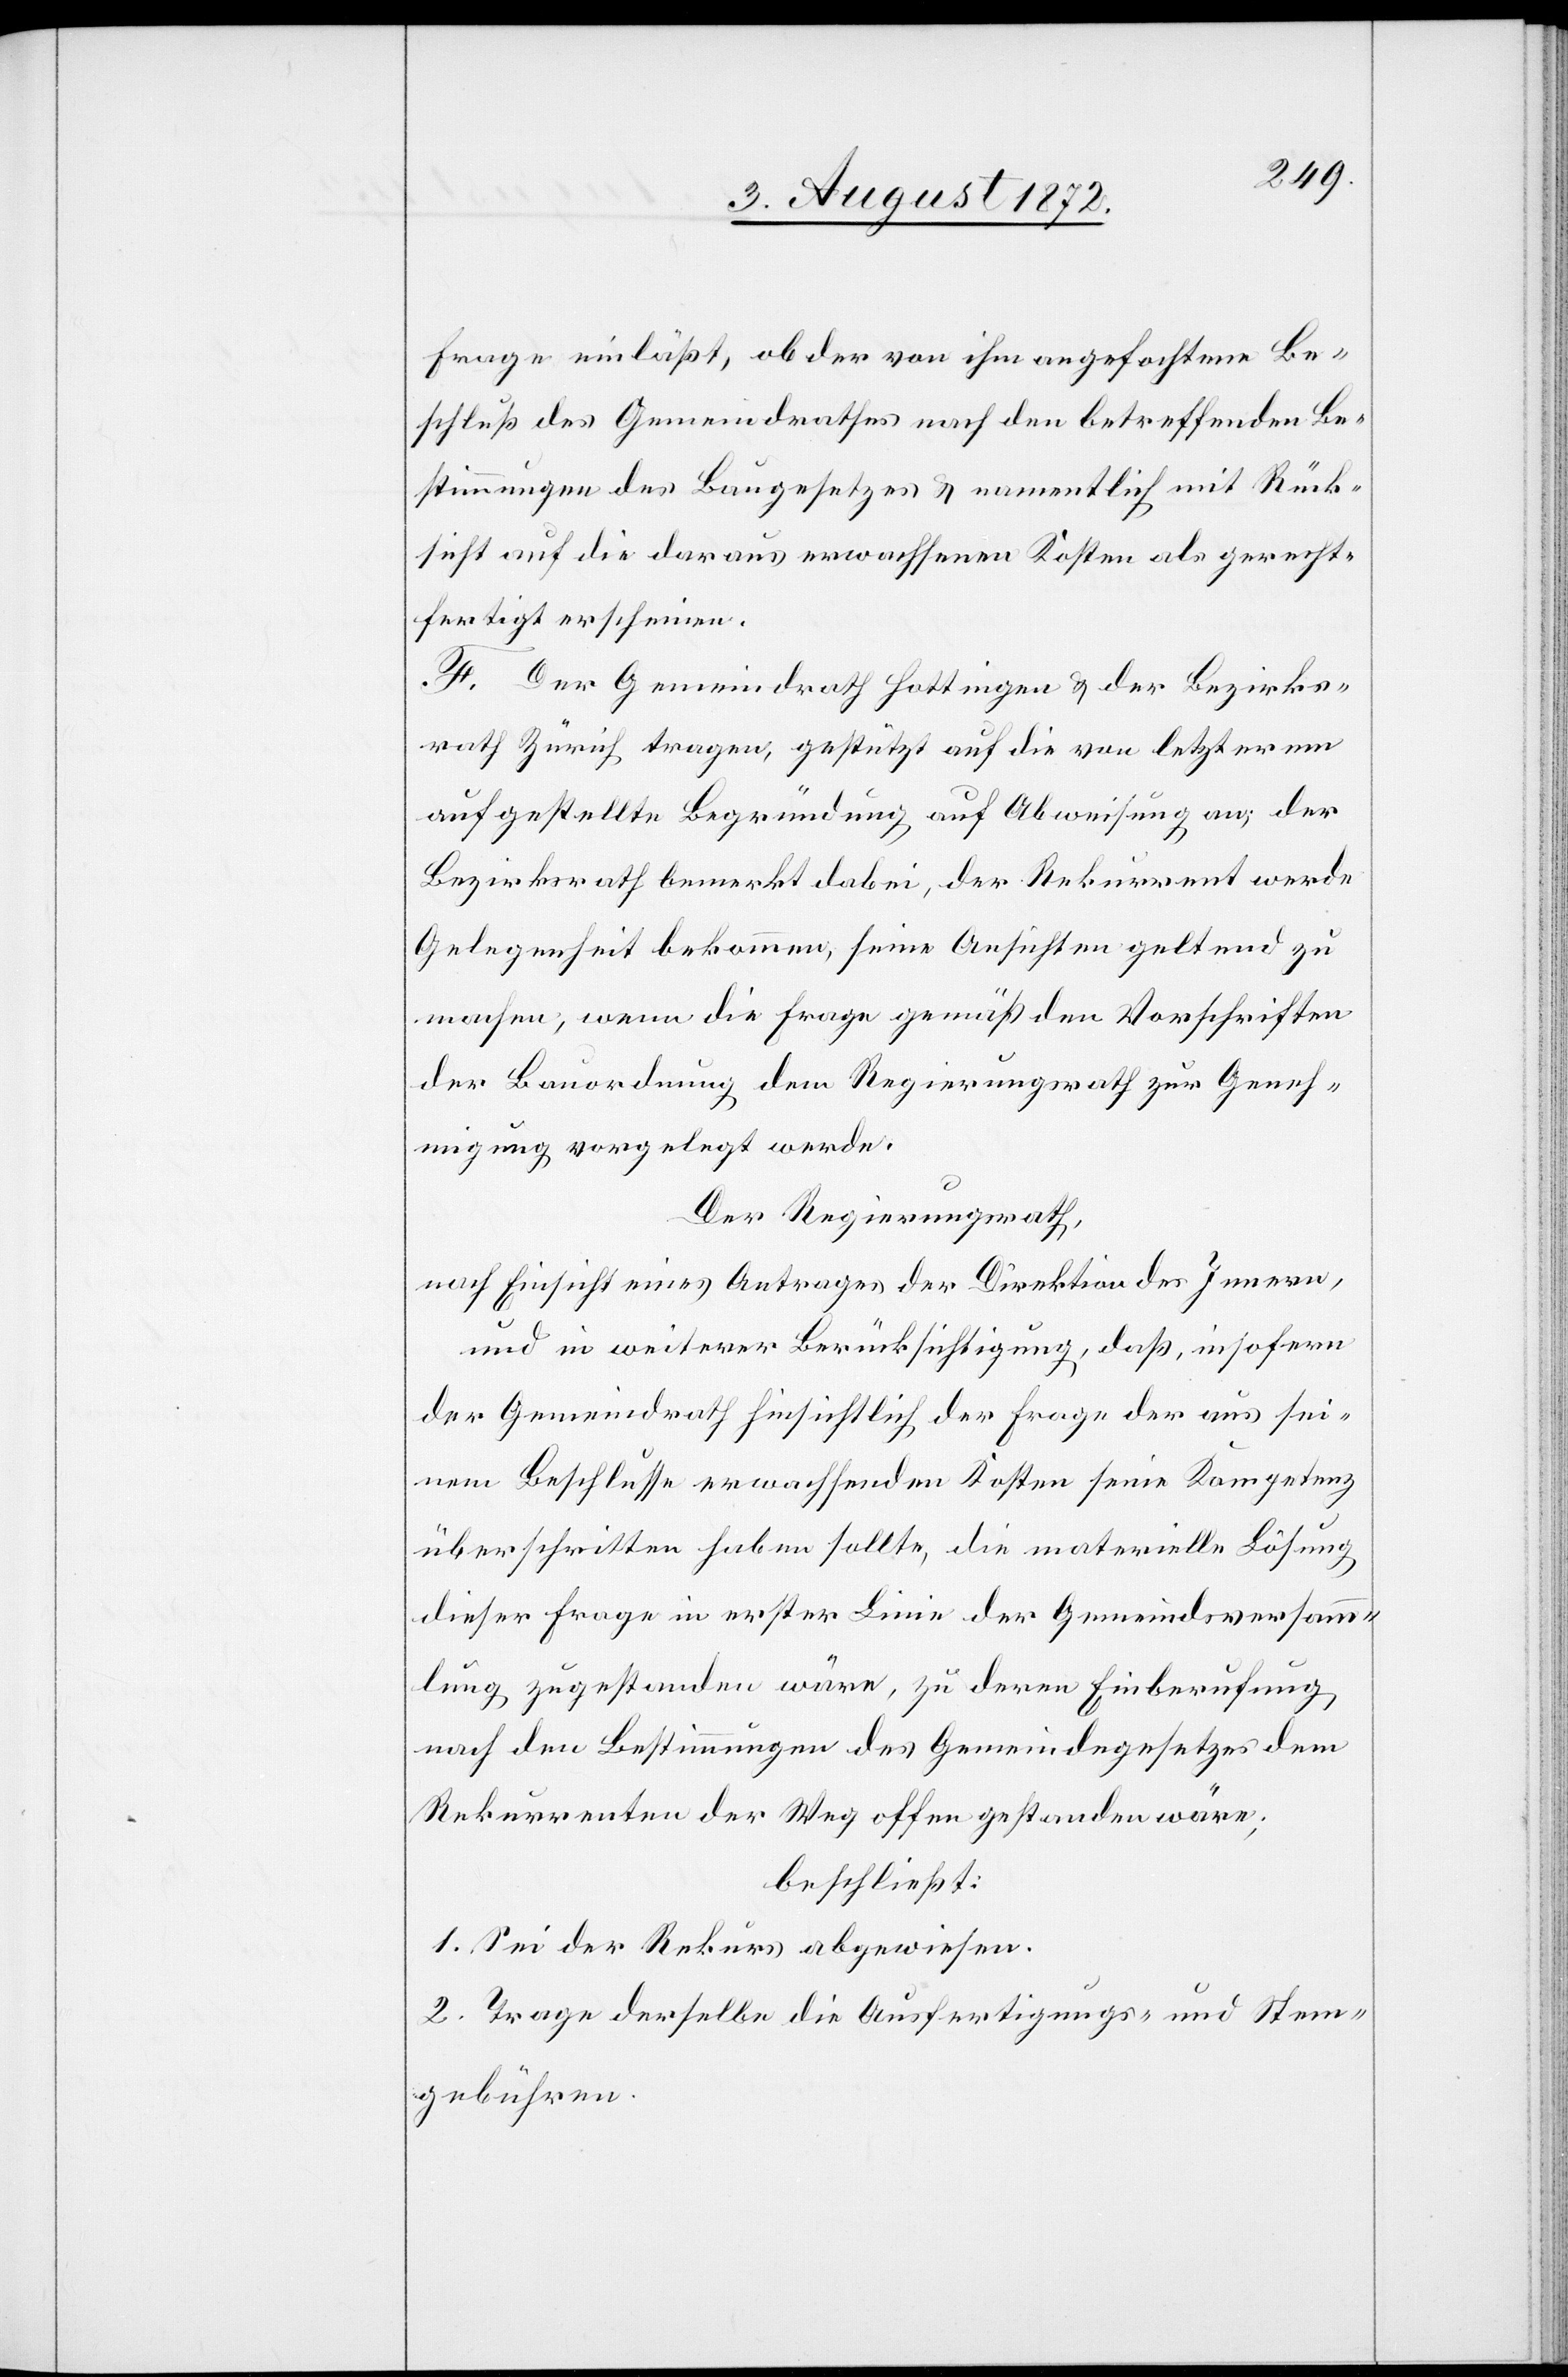
Frage einläßt, ob der von ihm angefochtene Be¬
schluß des Gemeindrathes nach den betreffenden Be¬
stimmungen des Baugesetzes u. namentlich mit Rück¬
sicht auf die daraus erwachsenen Kosten als gerecht¬
fertigt erscheinen
F. Der Gemeindrath Hottingen u. der Bezirks¬
rath Zürich tragen, gestützt auf die von letzterem
aufgestellte Begründung auf Abweisung an; der
Bezirksrath bemerkt dabei, der Rekurrent werde
Gelegenheit bekommen, seine Ansichten geltend zu
machen, wenn die Frage gemäß den Vorschriften
der Bauordnung dem Regierungsrath zur Geneh¬
migung vorgelegt werde.
Der Regierungsrath,
nach Einsicht eines Antrages der Direktion des Innern,
und in weiterer Berücksichtigung, daß, insofern
der Gemeindrath hinsichtlich der Frage der aus sei¬
nem Beschlusse erwachsenden Kosten seine Kompetenz
überschritten haben sollte, die materielle Lösung
dieser Frage in erster Linie der Gemeindsversamm¬
lung zugestanden wäre, zu deren Einberufung
nach den Bestimmungen des Gemeindegesetzes dem
Rekurrenten der Weg offen gestanden wäre;
beschließt:
1. Sei der Rekurs abgewiesen.
2. Trage derselbe die Ausfertigungs- und Stemp¬
elgebühren.